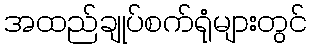
အထည်ချုပ်စက်ရုံများတွင်